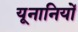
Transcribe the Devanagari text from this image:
यूनानियों